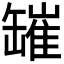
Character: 𦉎